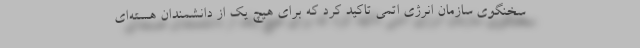
سخنگوی سازمان انرژی اتمی تاکید کرد که برای هیچ یک از دانشمندان هسته‌ای